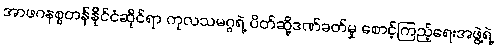
အာဖဂနစ္စတန်နိုင်ငံဆိုင်ရာ ကုလသမဂ္ဂရဲ့ ပိတ်ဆို့ဒဏ်ခတ်မှု စောင့်ကြည့်ရေးအဖွဲ့ရဲ့